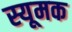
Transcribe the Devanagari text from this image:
स्यूमक